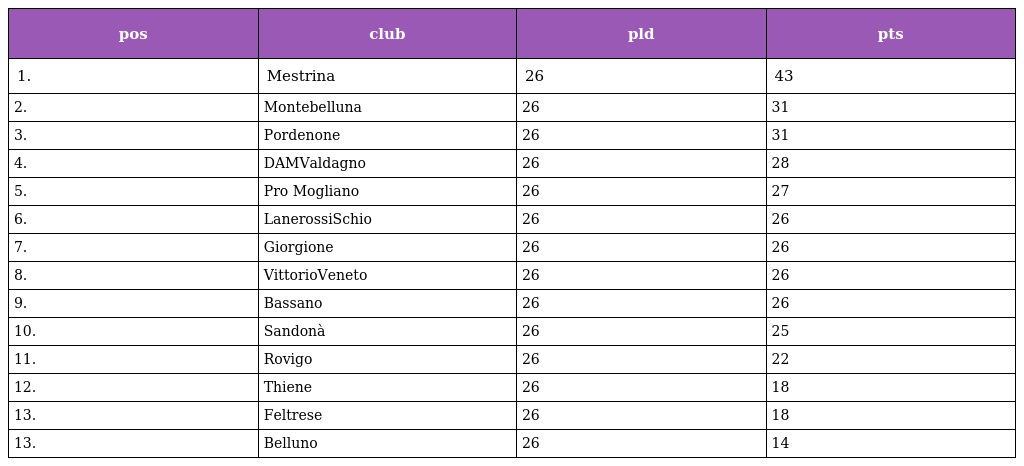
| pos | club | pld | pts |
 | --- | --- | --- | --- |
 | 1. | Mestrina | 26 | 43 |
 | 2. | Montebelluna | 26 | 31 |
 | 3. | Pordenone | 26 | 31 |
 | 4. | DAMValdagno | 26 | 28 |
 | 5. | Pro Mogliano | 26 | 27 |
 | 6. | LanerossiSchio | 26 | 26 |
 | 7. | Giorgione | 26 | 26 |
 | 8. | VittorioVeneto | 26 | 26 |
 | 9. | Bassano | 26 | 26 |
 | 10. | Sandonà | 26 | 25 |
 | 11. | Rovigo | 26 | 22 |
 | 12. | Thiene | 26 | 18 |
 | 13. | Feltrese | 26 | 18 |
 | 13. | Belluno | 26 | 14 |